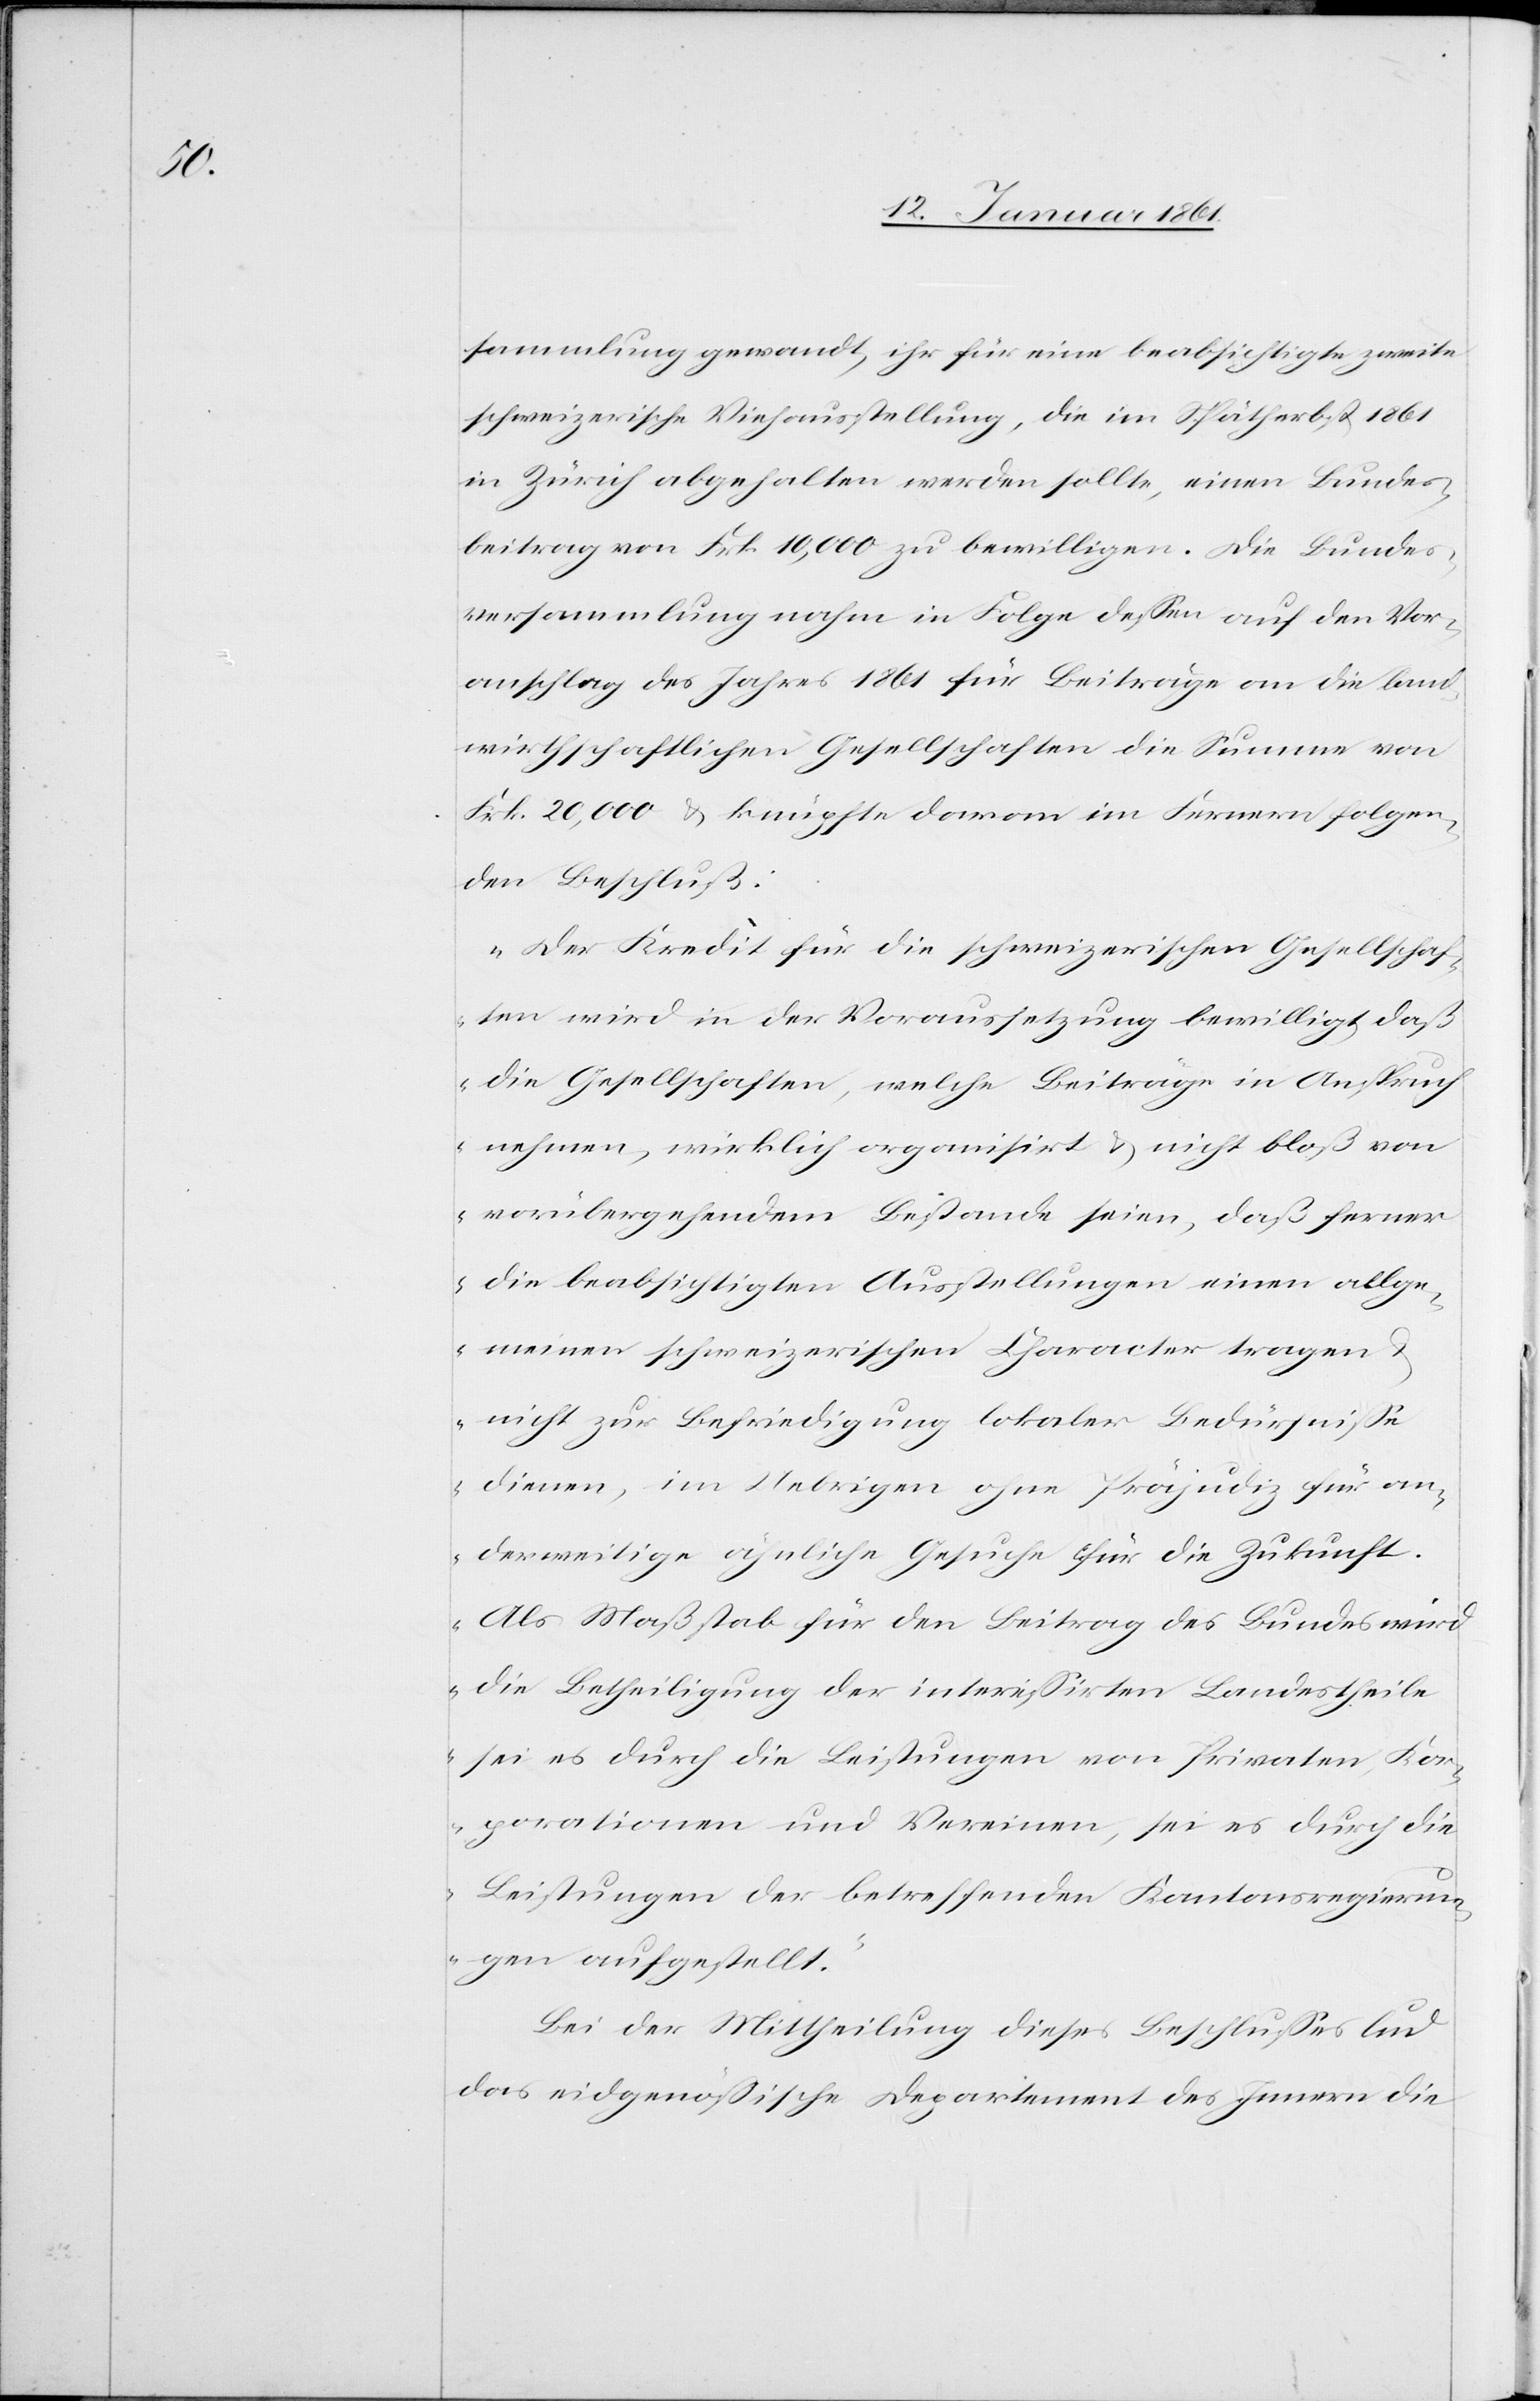
sammlung gewandt, ihr für eine beabsichtigte zweite
schweizerische Viehausstellung, die im Spätherbst 1861
in Zürich abgehalten werden sollte, einen Bundes¬
beitrag von Frk. 10,000 zu bewilligen. Die Bundes¬
versammlung nahm in Folge dessen auf den Vor¬
anschlag des Jahres 1861 für Beiträge an die land¬
wirthschaftlichen Gesellschaften die Summe von
Frk. 20,000 u. knüpft daran im Fernern folgen¬
den Beschluß:
„Der Kredit für die schweizerischen Gesellschaf¬
ten wird in der Voraussetzung bewilligt, daß
die Gesellschaften, welche Beiträge in Anspruch
nehmen, wirklich organisirt u. nicht bloß von
vorübergehendem Bestande seien, daß ferner
die beabsichtigten Ausstellungen einen allge¬
meinen schweizerischen Character tragen
u. nicht zur Befriedigung lokaler Bedürfnisse
dienen, im Uebrigen ohne Präjudiz für an¬
derweitige ähnliche Gesuche für die Zukunft.
Als Maßstab für den Beitrag des Bundes wird
die Betheiligung der interessirten Landestheile
sei es durch die Leistungen von Privaten, Kor¬
porationen und Vereinen, sei es durch die
Leistungen der betreffenden Kantonsregier¬
ungen aufgestellt.“
Bei der Mittheilung dieses Beschlusses lud
das eidgenössische Departement des Innern die